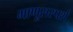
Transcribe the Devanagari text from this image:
माणूसस्पर्श